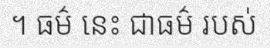
។ ធម៌ នេះ ជាធម៌ របស់